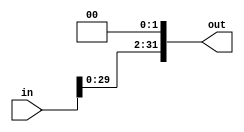
`timescale 1ns / 1ps
//////////////////////////////////////////////////////////////////////////////////
// Company: 
// Engineer: 
// 
// Design Name: 
// Module Name:    ShiftLeft32 
// Project Name: 
// Target Devices: 
// Tool versions: 
// Description: 
//
//
//////////////////////////////////////////////////////////////////////////////////
module ShiftLeft32(in, out);

	input [31:0]in;
	output reg [31:0]out;

	initial begin
		out <= 32'b00000000000000000000000000000000;
	end
	
	always @ (*)
		begin
			out <= in << 2;
		end
	
endmodule